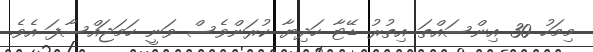
މިމަހު 30 އިންސައްތަ އިތުރު ޑޭޓާ ހަދިޔާ ކުރަންވެސް ވަނީ ހަމަޖައްސާފަ އެވެ.